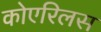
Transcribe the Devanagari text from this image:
कोएरिलस